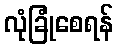
လုံခြုံစေရန်